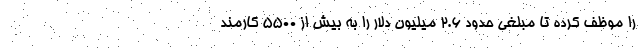
را موظف کرده تا مبلغی حدود 2.6 میلیون دلار را به بیش از 5500 کارمند